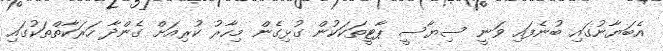
އެބަޔާނުގައި ބުނެފައި ވަނީ ސިޔާސީ ޕާޓީތަކަކުން ގުޅިގެން މިހާރު ކުރިއަށް ގެންދާ ހަރަކާތްތަކުގައި